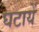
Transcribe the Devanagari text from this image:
घटायें